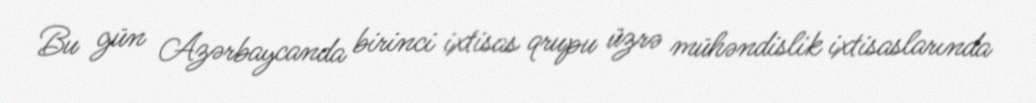
Bu gün Azərbaycanda birinci ixtisas qrupu üzrə mühəndislik ixtisaslarında